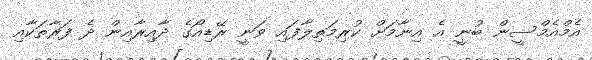
އެމްއެމްސީން ބުނީ އެ އިނާމަށް ކުރިމަތިލާފައި ވަނީ ރޭޑިއޯގެ ދާއިރާއިން ދެ ފަރާތަކާއި